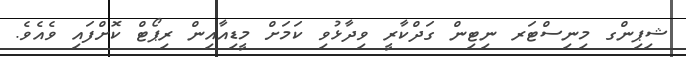
ޝިޕިންގ މިނިސްޓަރ ނިޓިން ގަދްކާރީ ވިދާޅުވި ކަމަށް މީޑިއާއިން ރިޕޯޓް ކޮށްފައި ވެއެވެ.